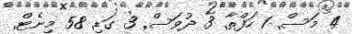
4 މަސް